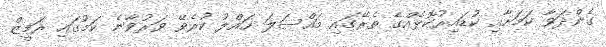
ގެންދަވާ ކަމަށާއި ކުޑައިރުކޮޅެއްގެ ތެރޭގައި މައްސަލަ ހައްލު ކުރެވޭ ވަރުވާނެ ކަމުގައި ރަމީޒް